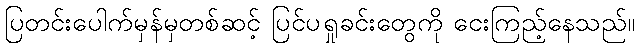
ပြတင်းပေါက်မှန်မှတစ်ဆင့် ပြင်ပရှုခင်းတွေကို ငေးကြည့်နေသည်။